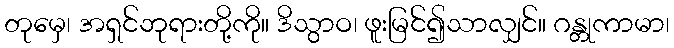
တုမှေ၊ အရှင်ဘုရားတို့ကို။ ဒိသွာဝ၊ ဖူးမြင်၍သာလျှင်။ ဂန္တုကာမာ၊